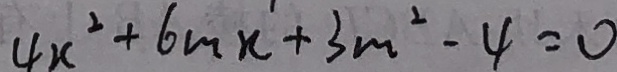
4 x ^ { 2 } + 6 m x + 3 m ^ { 2 } - 4 = 0